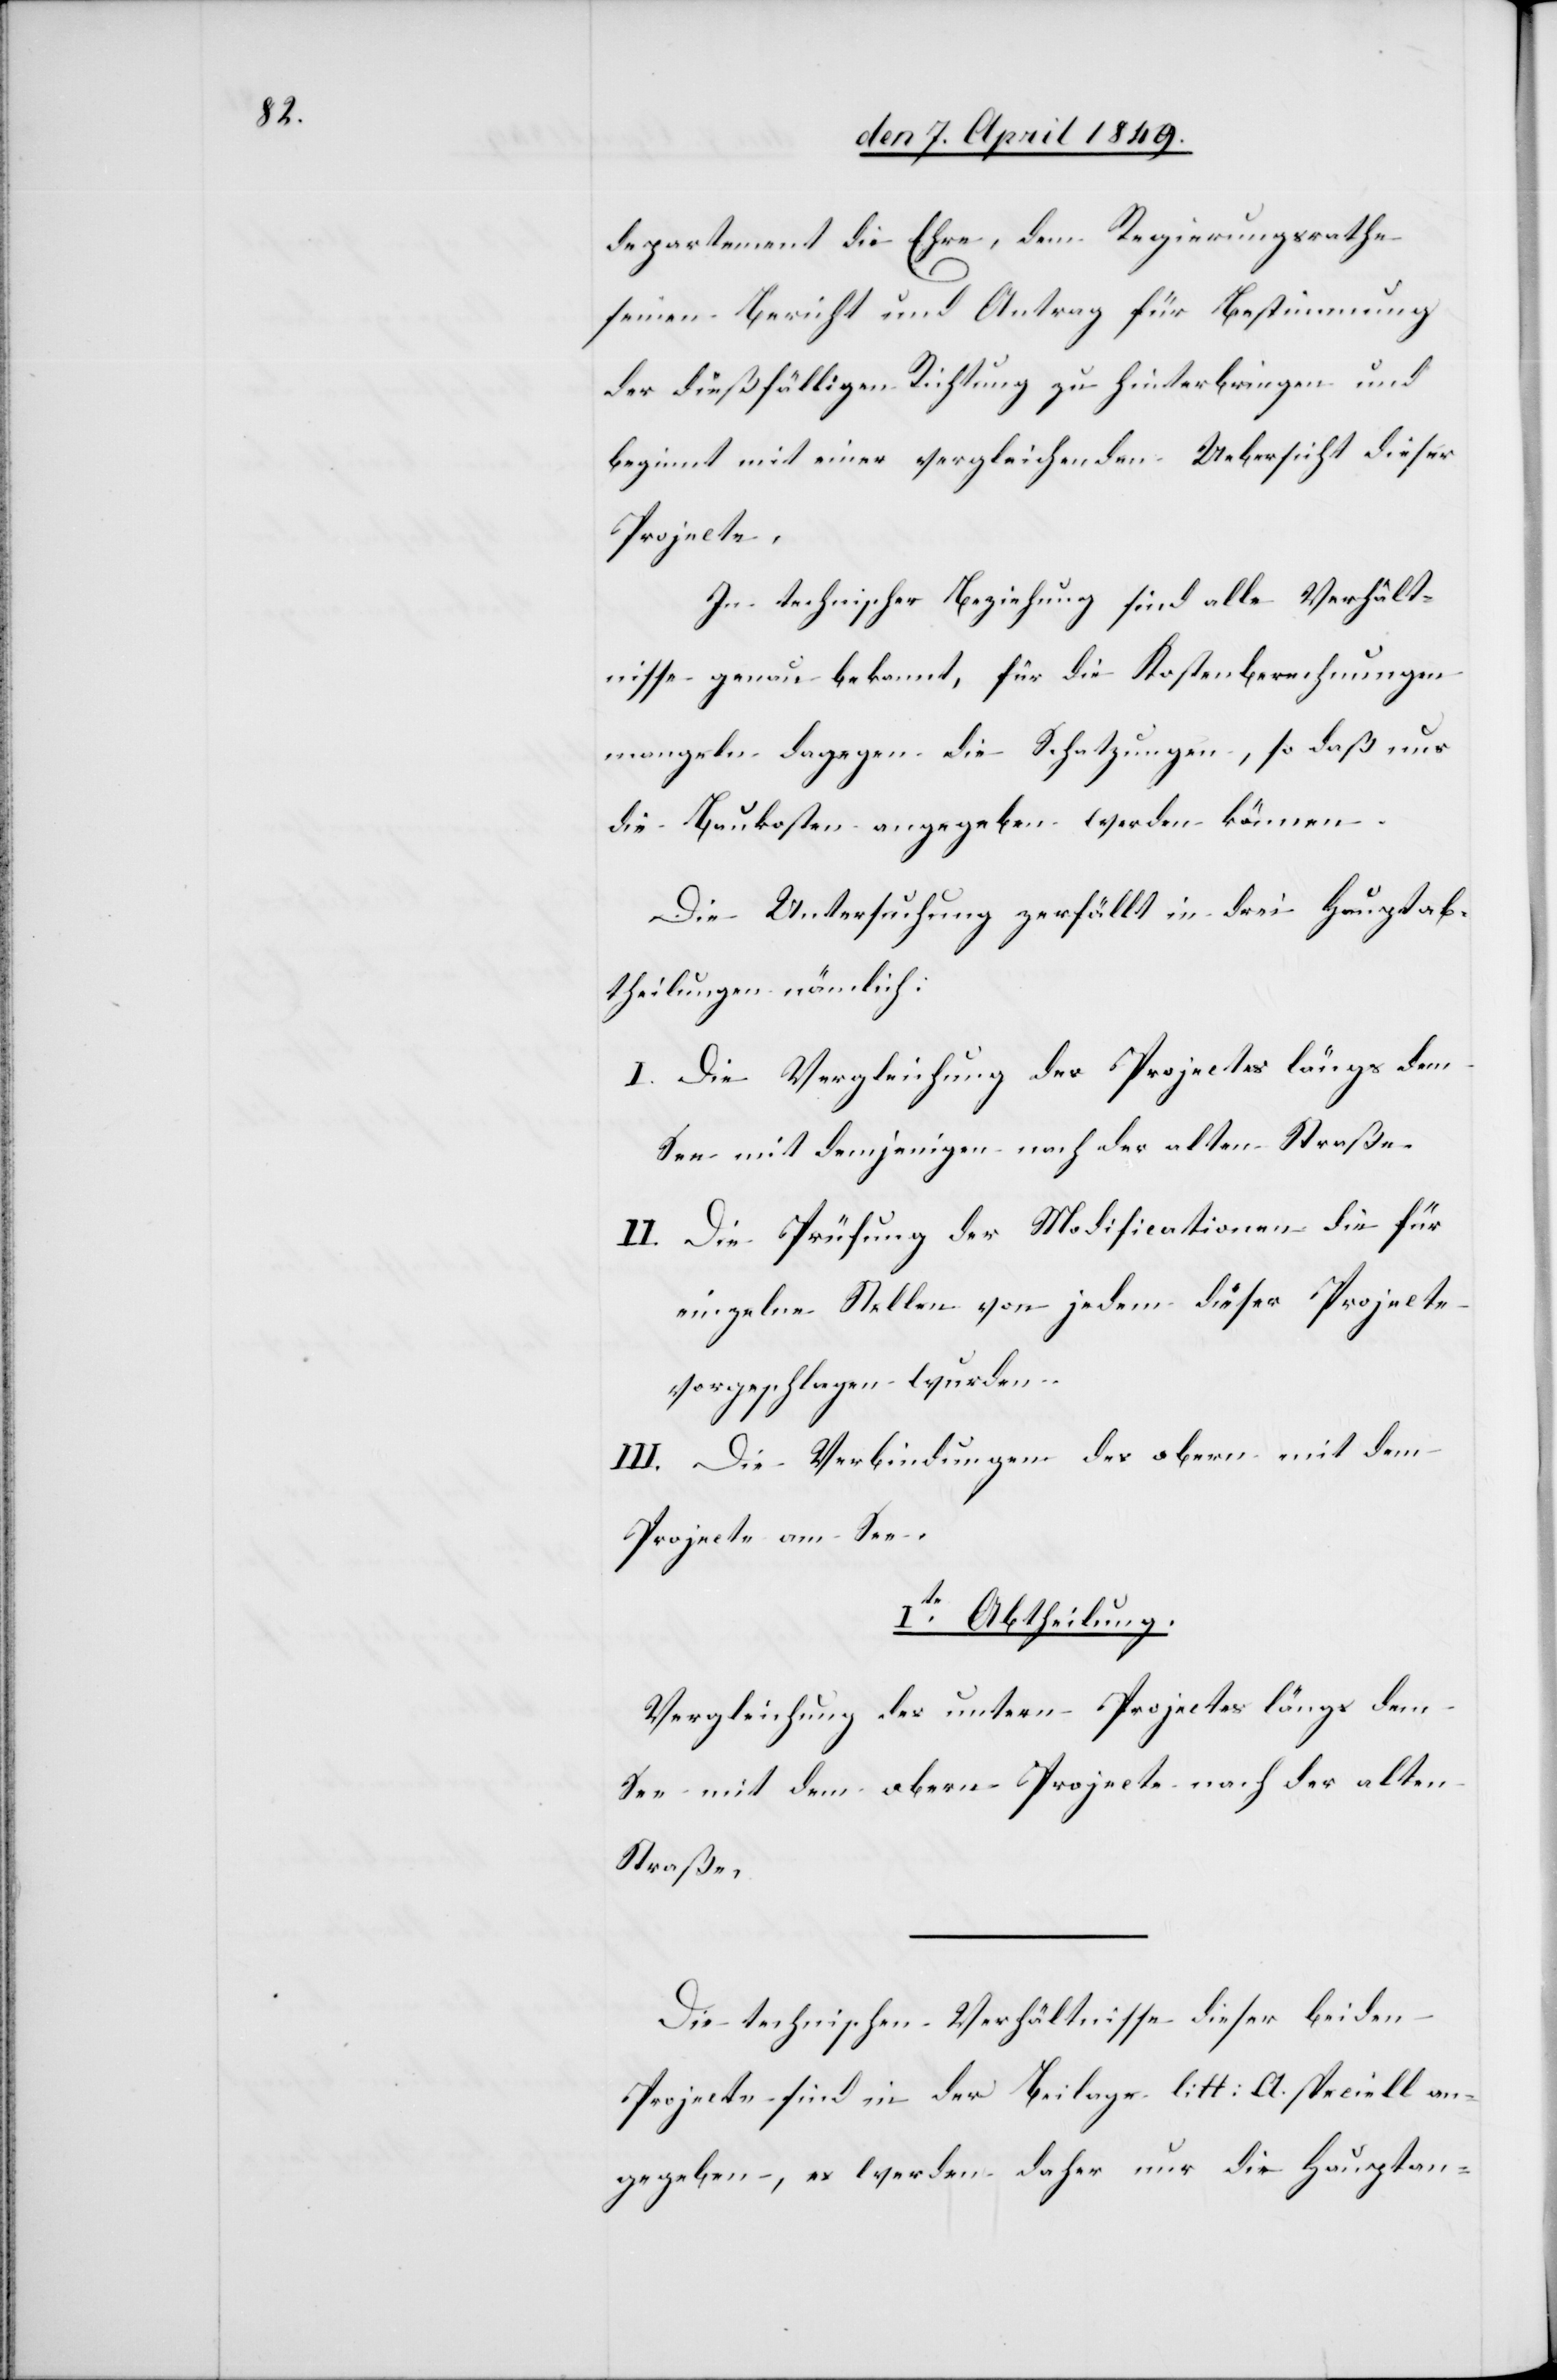
departement die Ehre, dem Regierungsrathe
seinen Bericht und Antrag für Bestimmung
der dießfälligen Richtung zu hinterbringen und
beginnt mit einer vergleichenden Uebersicht dieser
Projecte.
In technischer Beziehung sind alle Verhält¬
nisse genau bekannt, für die Kostenberechnungen
mangeln dagegen die Schatzungen, so daß nur
die Baukosten angegeben werden können.
Die Untersuchung zerfällt in drei Hauptab¬
theilungen nämlich:
I. Die Vergleichung des Projectes längs dem
See mit demjenigen nach der alten Straße.
II. Die Prüfung der Modificationen die für
einzelne Stellen von jedem dieser Projecte
vorgeschlagen wurden.
III. Die Verbindungen des obern mit dem
Projecte am See.
Ite Abtheilung.
Vergleichung des untern Projectes längs dem
See mit dem obern Projecte nach der alten
Straße.
Die technischen Verhältnisse dieser beiden
Projecte sind in der Beilage litt: A. speciell an¬
gegeben, es werden daher nur die Hauptan-